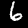
Digit: 6